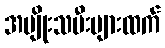
အမျိုးသမီးများထက်